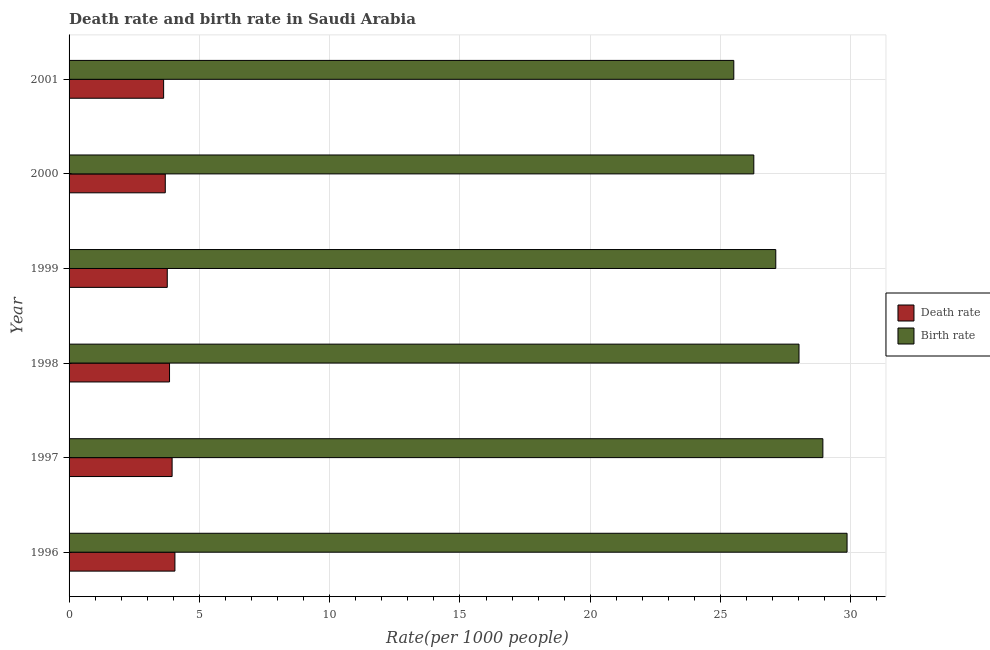
| Year | Death rate | Birth rate |
 | --- | --- | --- |
 | 1996 | 4.06 | 29.9 |
 | 1997 | 3.95 | 28.9 |
 | 1998 | 3.85 | 28 |
 | 1999 | 3.77 | 27.1 |
 | 2000 | 3.69 | 26.3 |
 | 2001 | 3.63 | 25.5 |